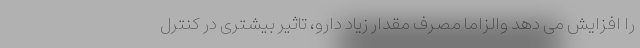
را افزایش می دهد والزاماً مصرف مقدار زیاد دارو، تاثیر بیشتری در کنترل